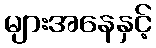
များအနေနှင့်